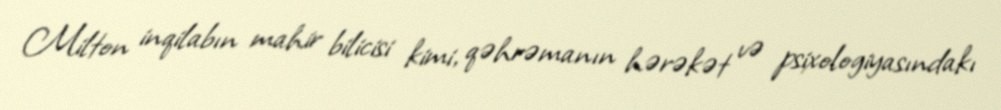
Milton inqilabın mahir bilicisi kimi, qəhrəmanın hərəkət və psixologiyasındakı